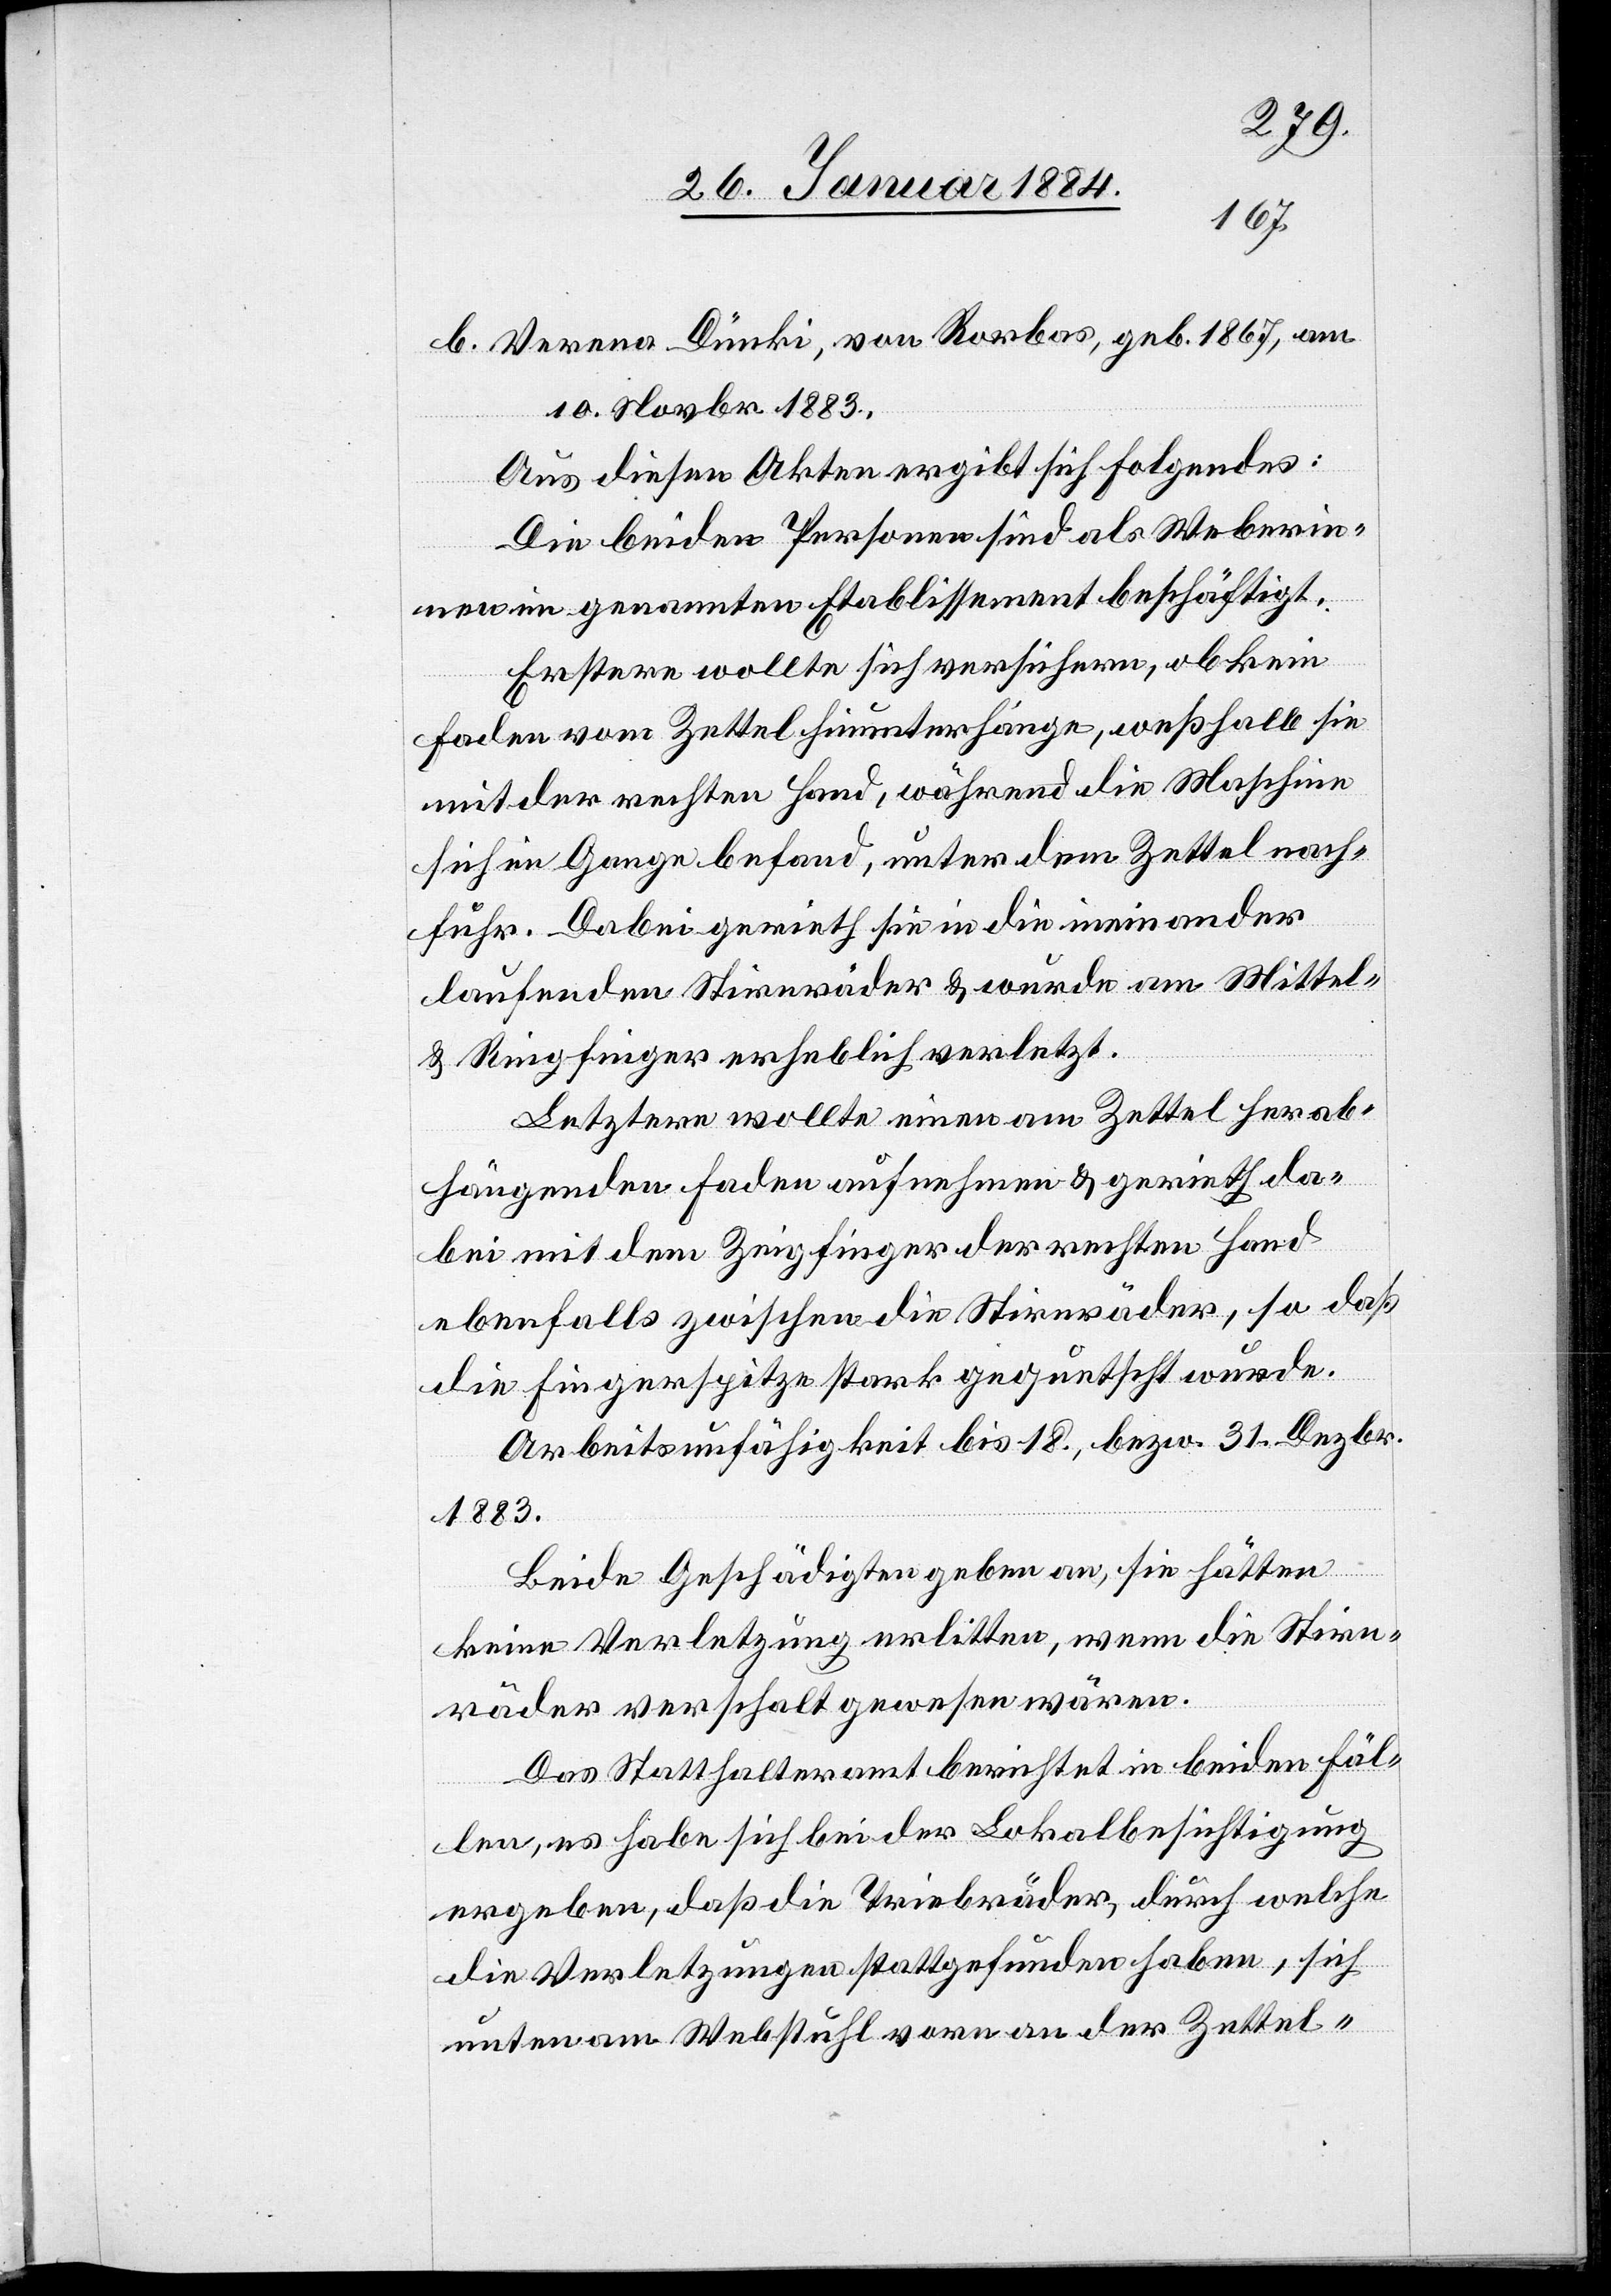
b. Verena Dünki, von Rorbas, geb. 1867, am
10. Novbr. 1883.
Aus diesen Akten ergibt sich Folgendes:
Die beiden Personen sind als Weberin¬
nen im genannten Etablissement beschäftigt.
Erstere wollte sich versichern, ob kein
Faden vom Zettel hinunterhänge, weßhalb sie
mit der rechten Hand, während die Maschine
sich in Gang befand, unter dem Zettel nach¬
fuhr. Dabei gerieth sie in die ineinander
laufenden Stirnräder & wurde am Mittel-
& Ringfinger erheblich verletzt.
Letzte wollte einen am Zettel herab¬
hängenden Faden aufnehmen & gerieth da¬
bei mit dem Zeigefinger der rechten Hand
ebenfalls zwischen die Stirnräder, so daß
die Fingerspitze stark gequetscht wurde.
Arbeitsunfähigkeit bis 18., bzw. 31. Dezbr.
1883.
Beide Geschädigte geben an, sie hätten
keine Verletzung erlitten, wenn die Stirn¬
räder verschalt gewesen wären.
Das Statthalteramt berichtet in beiden Fäl¬
len, es habe sich bei der Lokalbesichtigung
ergeben, daß die Triebräder, durch welche
die Verletzungen stattgefunden haben, sich
unten am Webstuhl vorn an der Zettel-